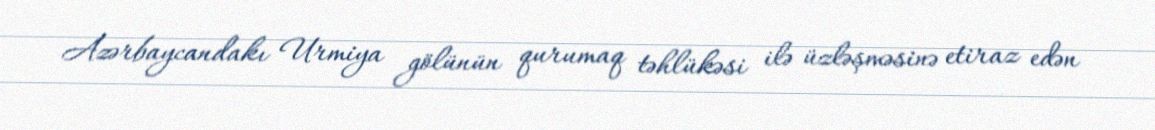
Azərbaycandakı Urmiya gölünün qurumaq təhlükəsi ilə üzləşməsinə etiraz edən